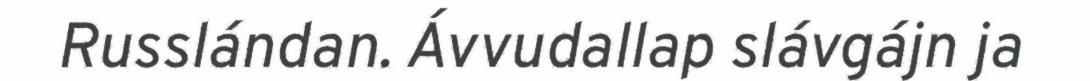
Russlándan. Ávvudallap slávgájn ja